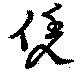
凭